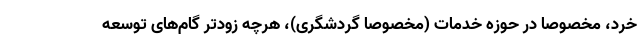
خرد، مخصوصا در حوزه خدمات (مخصوصا گردشگری)، هرچه زودتر گام‌های توسعه